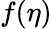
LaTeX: f(\eta)